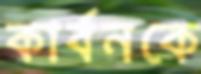
কার্বনকে